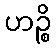
ဟဉ္စိ